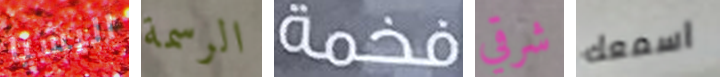
اليشيا الرسمة فخمة شرقي اسمعك